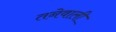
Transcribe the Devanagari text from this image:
तनेवाली